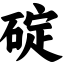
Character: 碇